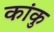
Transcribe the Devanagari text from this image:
कांकु